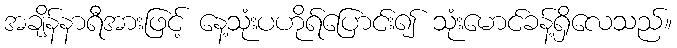
အချိန်နာရီအားဖြင့် နေ့သုံးပဟိုရ်ပြောင်း၍ သုံးမောင်ခန့်ရှိလေသည်။